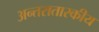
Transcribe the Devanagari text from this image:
अन्तरातारकीय